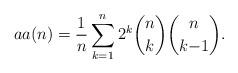
LaTeX: \begin{align*} aa(n) = \frac1n \sum_{k=1}^n 2^k \binom{n}{k} \binom{n}{k{-}1}. \end{align*}